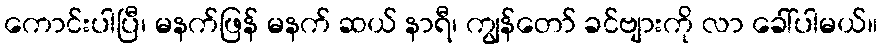
ကောင်းပါပြီ၊ မနက်ဖြန် မနက် ဆယ် နာရီ၊ ကျွန်တော် ခင်ဗျားကို လာ ခေါ်ပါမယ်။